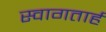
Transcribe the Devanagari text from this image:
स्‍वागतार्ह